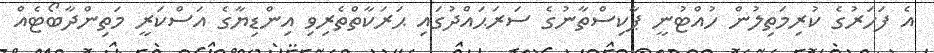
އެ ފަހަރުގެ ކުރިމަތިލުން ހުއްޓުނީ ޕާކިސްތާނުގެ ސަރަޙައްދުގައި ޙަރަކާތްތެރިވި އިންޑިޔާގެ އަސްކަރީ މަތިންދާބޯޓެއް